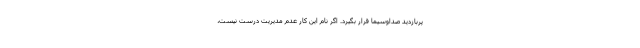
پربازدید صداوسیما قرار بگیرد. اگر نام این کار عدم مدیریت درست نیست،